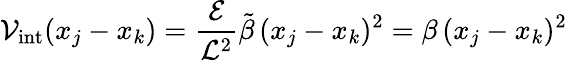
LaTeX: {\mathcal{V}_{\mathrm{{int}}}(x_{j}-x_{k})=\frac{{\mathcal{{E}}}}{{\mathcal{{L}}^{2}}}\tilde{{\beta}}\, (x_{j}-x_{k})^{2}=\beta\, (x_{j}-x_{k})^{2}}